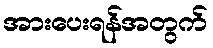
အားပေးရန်အတွက်